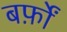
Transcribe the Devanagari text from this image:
बर्फ़ों